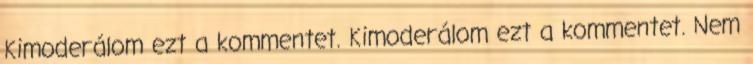
Kimoderálom ezt a kommentet. Kimoderálom ezt a kommentet. Nem